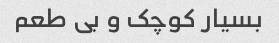
بسیار کوچک و بی طعم